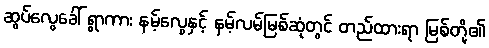
ဆွပ်လွေခေါ် ရွာကား နမ့်လွေနှင့် နမ့်လမ်မြစ်ဆုံတွင် တည်ထားရာ မြစ်တို့၏